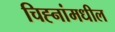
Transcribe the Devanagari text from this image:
चिह्नांमधील